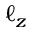
\ell _ { z }